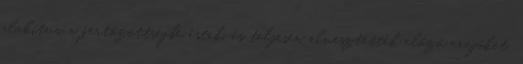
alakítva a fertőzöttségbe estek, és teljesen elvesztették előző erejüket,